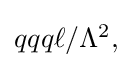
{\textstyle qqq\ell /\Lambda ^{2},}